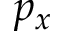
p _ { x }